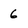
Character: 6